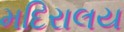
મદિરાલય